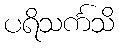
ပရိသင်္ကသိ